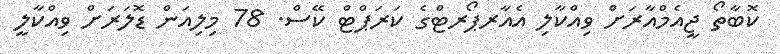
ކޮބާތޯ ޖީއެމްއާރަށް ވިއްކާލި އެއާރޕޯރޓްގެ ކަރަަޕްޓް ކޭސް. 78 މިލިއަން ޑޮލަރަށް ވިއްކާލީ